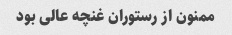
ممنون از رستوران غنچه عالی بود